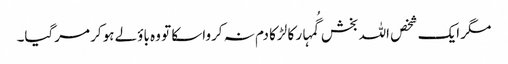
مگر ایک شخص اللہ بخش گُمہار کا لڑکا دم نہ کرواسکا تو وہ باؤلے ہوکر مرگیا۔